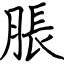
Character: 脹